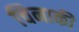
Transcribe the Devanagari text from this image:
चिनाकी